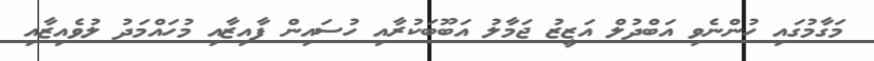
މަގާމުގައި ހުންނެވި އަބްދުލް އަޒީޒު ޖަމާލު އަބޫބަކުރާއި ހުސައިން ފާއިޒާއި މުހައްމަދު ލުވެއިޒާއި